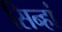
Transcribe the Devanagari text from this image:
सिन्हां